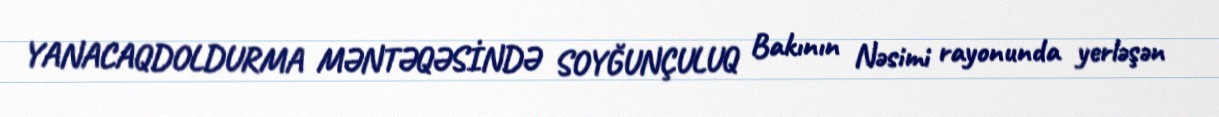
YANACAQDOLDURMA MƏNTƏQƏSİNDƏ SOYĞUNÇULUQ Bakının Nəsimi rayonunda yerləşən